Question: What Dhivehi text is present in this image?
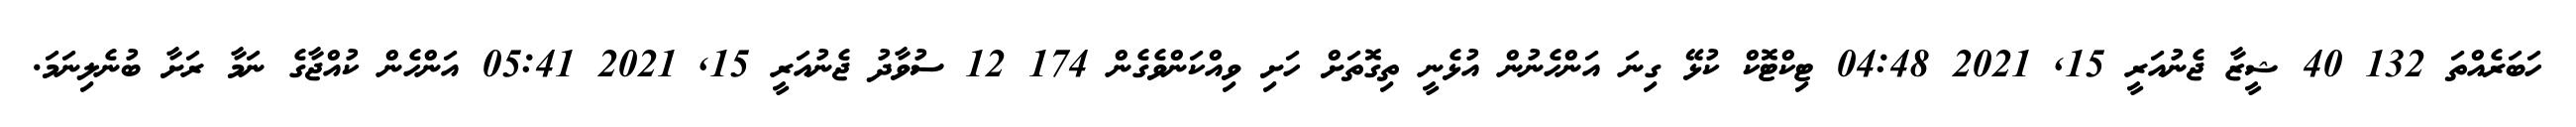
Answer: ހަބަރެއްތަ 132 40 ޝީޒާ ޖެނުއަރީ 15, 2021 04:48 ޓިކްޓޮކް ކުޅޭ ގިނަ އަންހެނުން އުޅެނީ ތިގޮތަށް ހަށި ވިއްކަންވެގެން 174 12 ސުވާދު ޖެނުއަރީ 15, 2021 05:41 އަންހެން ކުއްޖާގެ ނަމާ ރަށާ ބުނެލިނަމަ.